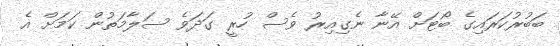
ބަބުރުކަރައިގެ ބޯޓަށް އޭނާ ނެގިއިރު ވެސް ހުރީ ގަދަވެ ސަލާމަތުން ކަމަށް އެ